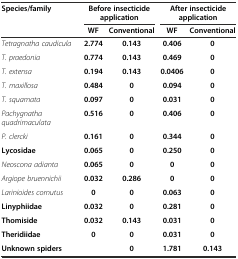
<table><thead><tr><td rowspan="2"><b>Species/family</b></td><td colspan="2"><b>Before insecticide application</b></td><td colspan="2"><b>After insecticide application</b></td></tr><tr><td><b>WF</b></td><td><b>Conventional</b></td><td><b>WF</b></td><td><b>Conventional</b></td></tr></thead><tbody><tr><td><i>Tetragnatha caudicula</i></td><td><b>2.774</b></td><td><b>0.143</b></td><td><b>0.406</b></td><td><b>0</b></td></tr><tr><td><i>T. praedonia</i></td><td><b>0.774</b></td><td><b>0.143</b></td><td><b>0.469</b></td><td><b>0</b></td></tr><tr><td><i>T. extensa</i></td><td><b>0.194</b></td><td><b>0.143</b></td><td><b>0.0406</b></td><td><b>0</b></td></tr><tr><td><i>T. maxillosa</i></td><td><b>0.484</b></td><td><b>0</b></td><td><b>0.094</b></td><td><b>0</b></td></tr><tr><td><i>T. squamata</i></td><td><b>0.097</b></td><td><b>0</b></td><td><b>0.031</b></td><td><b>0</b></td></tr><tr><td><i>Pachygnatha quadrimaculata</i></td><td><b>0.516</b></td><td><b>0</b></td><td><b>0.406</b></td><td><b>0</b></td></tr><tr><td><i>P. clercki</i></td><td><b>0.161</b></td><td><b>0</b></td><td><b>0.344</b></td><td><b>0</b></td></tr><tr><td><b>Lycosidae</b></td><td><b>0.065</b></td><td><b>0</b></td><td><b>0.250</b></td><td><b>0</b></td></tr><tr><td><i>Neoscona adianta</i></td><td><b>0.065</b></td><td><b>0</b></td><td><b>0</b></td><td><b>0</b></td></tr><tr><td><i>Argiope bruennichii</i></td><td><b>0.032</b></td><td><b>0.286</b></td><td><b>0</b></td><td><b>0</b></td></tr><tr><td><i>Larinioides cornutus</i></td><td><b>0</b></td><td><b>0</b></td><td><b>0.063</b></td><td><b>0</b></td></tr><tr><td><b>Linyphiidae</b></td><td><b>0.032</b></td><td><b>0</b></td><td><b>0.281</b></td><td><b>0</b></td></tr><tr><td><b>Thomiside</b></td><td><b>0.032</b></td><td><b>0.143</b></td><td><b>0.031</b></td><td><b>0</b></td></tr><tr><td><b>Theridiidae</b></td><td><b>0</b></td><td><b>0</b></td><td><b>0.031</b></td><td><b>0</b></td></tr><tr><td><b>Unknown spiders</b></td><td></td><td><b>0</b></td><td><b>1.781</b></td><td><b>0.143</b></td></tr></tbody></table>